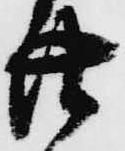
廿